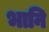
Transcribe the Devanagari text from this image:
भानि